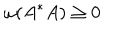
LaTeX: \omega ( A ^ { * } A ) \ge 0